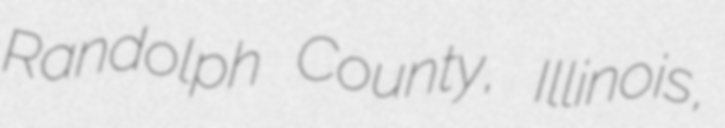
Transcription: Randolph County, Illinois,